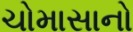
ચોમાસાનો